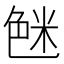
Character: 𱽉